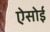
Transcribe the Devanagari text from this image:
ऐसोई